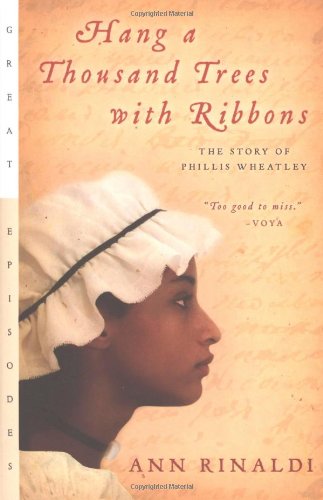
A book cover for Hang a Thousand Trees with Ribbons: The Story of Phillis Wheatley (Great Episodes); Ann Rinaldi; Teen & Young Adult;